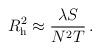
LaTeX: \begin{align*}R_{\rm h}^2 \approx {\lambda S \over N^2 T}\,.\end{align*}